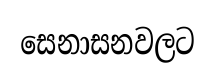
සෙනාසනවලට